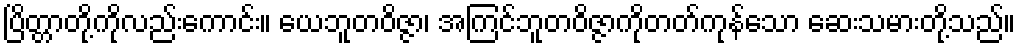
ပြိတ္တာတို့ကိုလည်းကောင်း။ ယေဘူတဝိဇ္ဇာ၊ အကြင်ဘူတဝိဇ္ဇာကိုတတ်ကုန်သော ဆေးသမားတို့သည်။